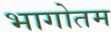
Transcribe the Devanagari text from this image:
भागोतम